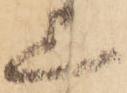
上